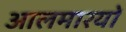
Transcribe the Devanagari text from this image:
आलमारयों